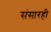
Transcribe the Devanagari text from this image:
संसारही